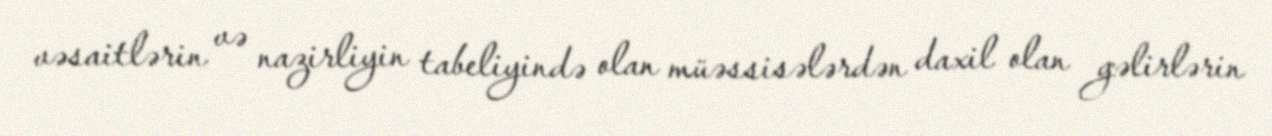
vəsaitlərin və nazirliyin tabeliyində olan müəssisələrdən daxil olan gəlirlərin